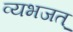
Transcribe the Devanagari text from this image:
व्यभजत्